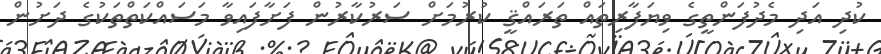
ކުދި އަދި މެދުފަންތީގެ ވިޔަފާރިތައް ތަރައްޤީ ކުރުމަށް ސަރުކާރުން ފަށާފައިވާ މަސައްކަތްތަކުގެ ދަށުން